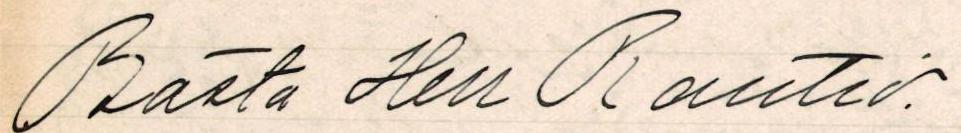
Bästa Herr Rautio.